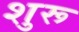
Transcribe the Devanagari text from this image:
शुरू